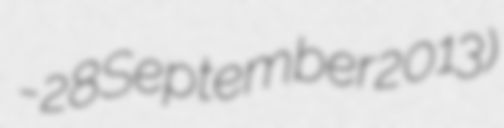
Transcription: - 28 September 2013)